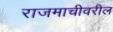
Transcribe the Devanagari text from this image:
राजमाचीवरील